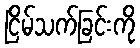
ငြိမ်သက်ခြင်းကို